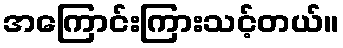
အကြောင်းကြားသင့်တယ်။